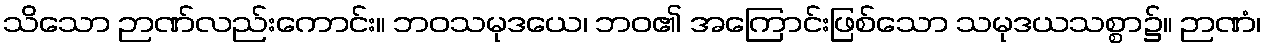
သိသော ဉာဏ်လည်းကောင်း။ ဘဝသမုဒယေ၊ ဘဝ၏ အကြောင်းဖြစ်သော သမုဒယသစ္စာ၌။ ဉာဏံ၊